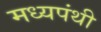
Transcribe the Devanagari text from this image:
मध्यपंथी